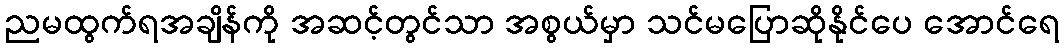
ညမထွက်ရအချိန်ကို အဆင့်တွင်သာ အစွယ်မှာ သင်မပြောဆိုနိုင်ပေ အောင်ရေ